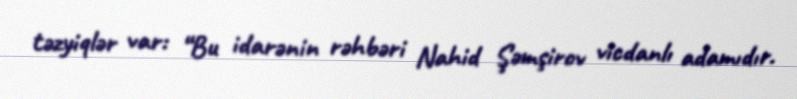
təzyiqlər var: “Bu idarənin rəhbəri Nahid Şəmşirov vicdanlı adamıdır.